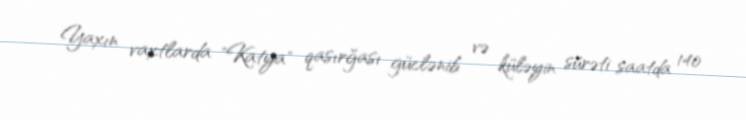
Yaxın vaxtlarda "Katya" qasırğası güclənib və küləyin sürəti saatda 140